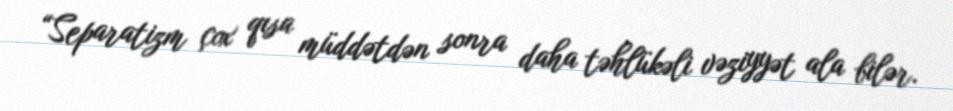
“Separatizm çox qısa müddətdən sonra daha təhlükəli vəziyyət ala bilər.